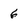
Character: 6